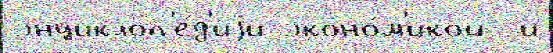
энциклоп'е́д'иjи эконо́м'икой  и